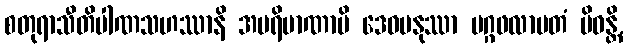
စတုရာသီတိပါဏသဟဿာနိ အပရိမာဏာပိ ဒေဝမနုဿာ မဂ္ဂဖလာမတံ ပိဝန္တိ,